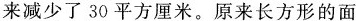
来减少了30平方厘米。原来长方形的面